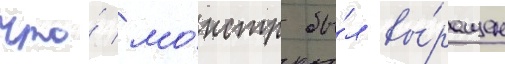
что́ мо́нстр бы́л вы́ращен